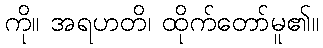
ကို။ အရဟတိ၊ ထိုက်တော်မူ၏။